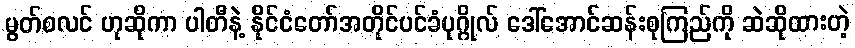
မွတ်စလင် ဟုဆိုကာ ပါတီနဲ့ နိုင်ငံတော်အတိုင်ပင်ခံပုဂ္ဂိုလ် ဒေါ်အောင်ဆန်းစုကြည်ကို ဆဲဆိုထားတဲ့